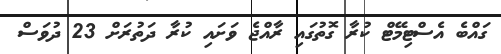
ގައްބެ އެސްޓިމޭޓް ކުރާ ގޮތުގައި ރާއްޖެ ވަށައި ކުރާ ދަތުރަށް 23 ދުވަސް